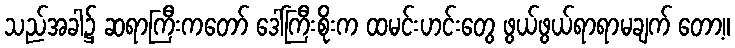
သည်အခါ၌ ဆရာကြီးကတော် ဒေါ်ကြီးစိုးက ထမင်းဟင်းတွေ ဖွယ်ဖွယ်ရာရာမချက် တော့။